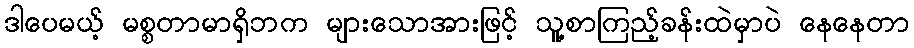
ဒါပေမယ့် မစ္စတာမာရှိဘက များသောအားဖြင့် သူ့စာကြည့်ခန်းထဲမှာပဲ နေနေတာ